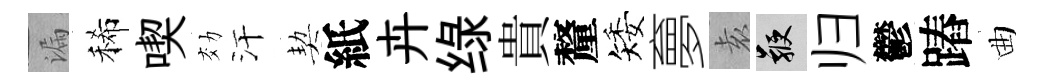
漏稀喫効汗契紙卉绿貴釐矮夣𡊮鞭归鬱蹖曲